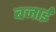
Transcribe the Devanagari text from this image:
बजाईं